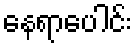
နေရာပေါင်း